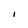
Character: I